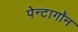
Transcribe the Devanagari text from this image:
पेन्टागॉन